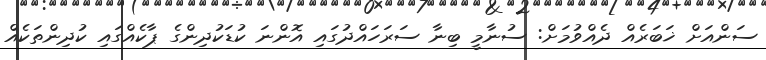
ސަންއަށް ޚަބަރެއް ދެއްވުމަށް: ސުނާމީ ބިނާ ސަރަހައްދުގައި އޮންނަ ކުޑަކުދިންގެ ޕާކެއްގައި ކުދިންތަކެއް